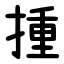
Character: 揰